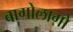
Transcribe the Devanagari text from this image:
बागोलागो